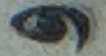
و